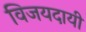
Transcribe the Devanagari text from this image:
विजयदायी